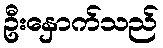
ဦးနှောက်သည်